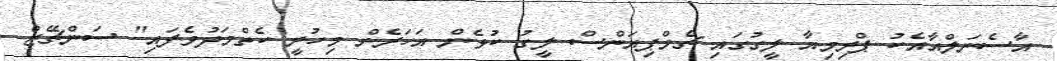
އާސެނަލްއާއެކު ޕްރިމިއާ ލީގުގަައި ޗެމްޕިއަންސް ލީގު ކުޅެން އަހަރެން މިހުރީ ކެތްމަދުވެފައި" ސަންޗޭޒް